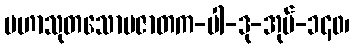
မဟာသုတသောမဇာတက-ပါ-ဒု-အုပ်-၁၄၀၊